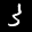
Label: 3